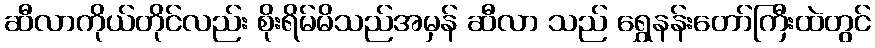
ဆီလာကိုယ်တိုင်လည်း စိုးရိမ်မိသည်အမှန် ဆီလာ သည် ရွှေနန်းတော်ကြီးထဲတွင်